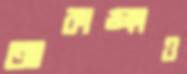
আকাঙ্ক্ষাও